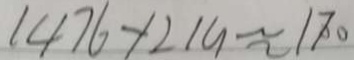
1 4 7 6 + 2 1 9 \approx 1 7 0 0